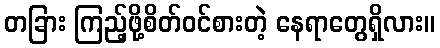
တခြား ကြည့်ဖို့စိတ်ဝင်စားတဲ့ နေရာတွေရှိလား။